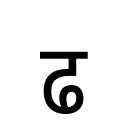
OCR:
ढ